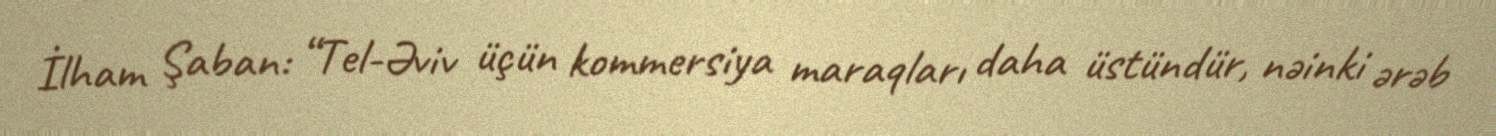
İlham Şaban: “Tel-Əviv üçün kommersiya maraqları daha üstündür, nəinki ərəb